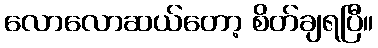
လောလောဆယ်တော့ စိတ်ချရပြီ။